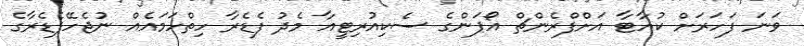
ވަނަ ފަހަރަށް ކުއާޓާ އަށްފްރެންޗް އޯޕަންގެ ސެކިއުރިޓީއާ މެދު ފެޑެރާ ހިތްހަމައެއް ނުޖެހޭފެޑެރާގެ